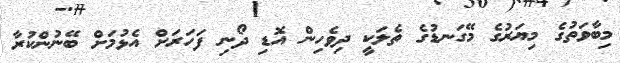
މިބާވަތުގެ މިޔަރުގެ މޭގަނޑުގެ ތެލަކީ ދިވެހިން އޮޑި ދޯނި ފަހަރަށް އެޅުމަށް ބޭނުންކުރާ